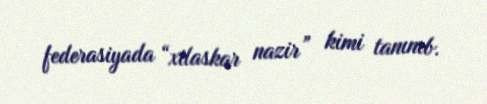
federasiyada “xilaskar nazir” kimi tanınıb.